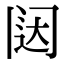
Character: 闼